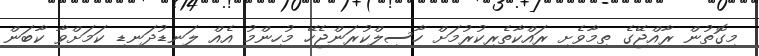
މިގޮތުން ރާއްޖޭގެ ތިމާވެށި ރައްކާތެރިކުރުމަށް ހާސިލްކުރަންޖެހޭ މުހިންމު އެއް ލަނޑުދަނޑި ކަމަށްވާ ކާބަން